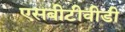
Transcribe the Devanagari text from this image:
एसबीटीवीडी